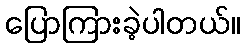
ပြောကြားခဲ့ပါတယ်။